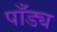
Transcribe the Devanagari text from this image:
पाँड्य